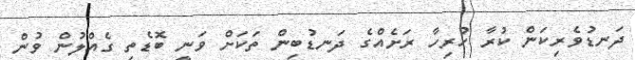
ދަނޑުވެރިކަން ކުރާ ހުރިހާ ރަށެއްގެ ދަނޑުބިން ތަކަށް ވަނީ ބޮޑެތި ގެއްލުން ވުން